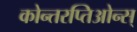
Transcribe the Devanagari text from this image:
कोन्तरप्तिओन्स्